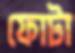
ফোটা